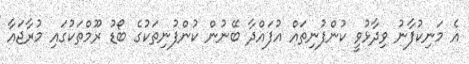
އެ މަނިކުފާނު ވިދާޅުވީ ކުންފުނިތައް އުފައްދާ ބޭނުން ކުންފުނިތަކުގެ ބޯޑު ރޫމްތަކުގައި މުރާޖައާ